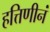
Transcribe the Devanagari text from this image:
हत्तिणीनं